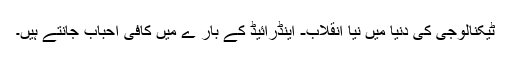
ٹیکنالوجی کی دنیا میں نیا انقلاب- اینڈرائیڈ کے بار ے میں کافی احباب جانتے ہیں۔